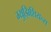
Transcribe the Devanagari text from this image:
म्युझिशियन्स्